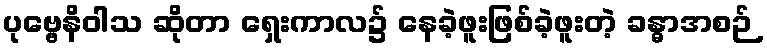
ပုဗ္ဗေနိဝါသ ဆိုတာ ရှေးကာလ၌ နေခဲ့ဖူးဖြစ်ခဲ့ဖူးတဲ့ ခန္ဓာအစဉ်